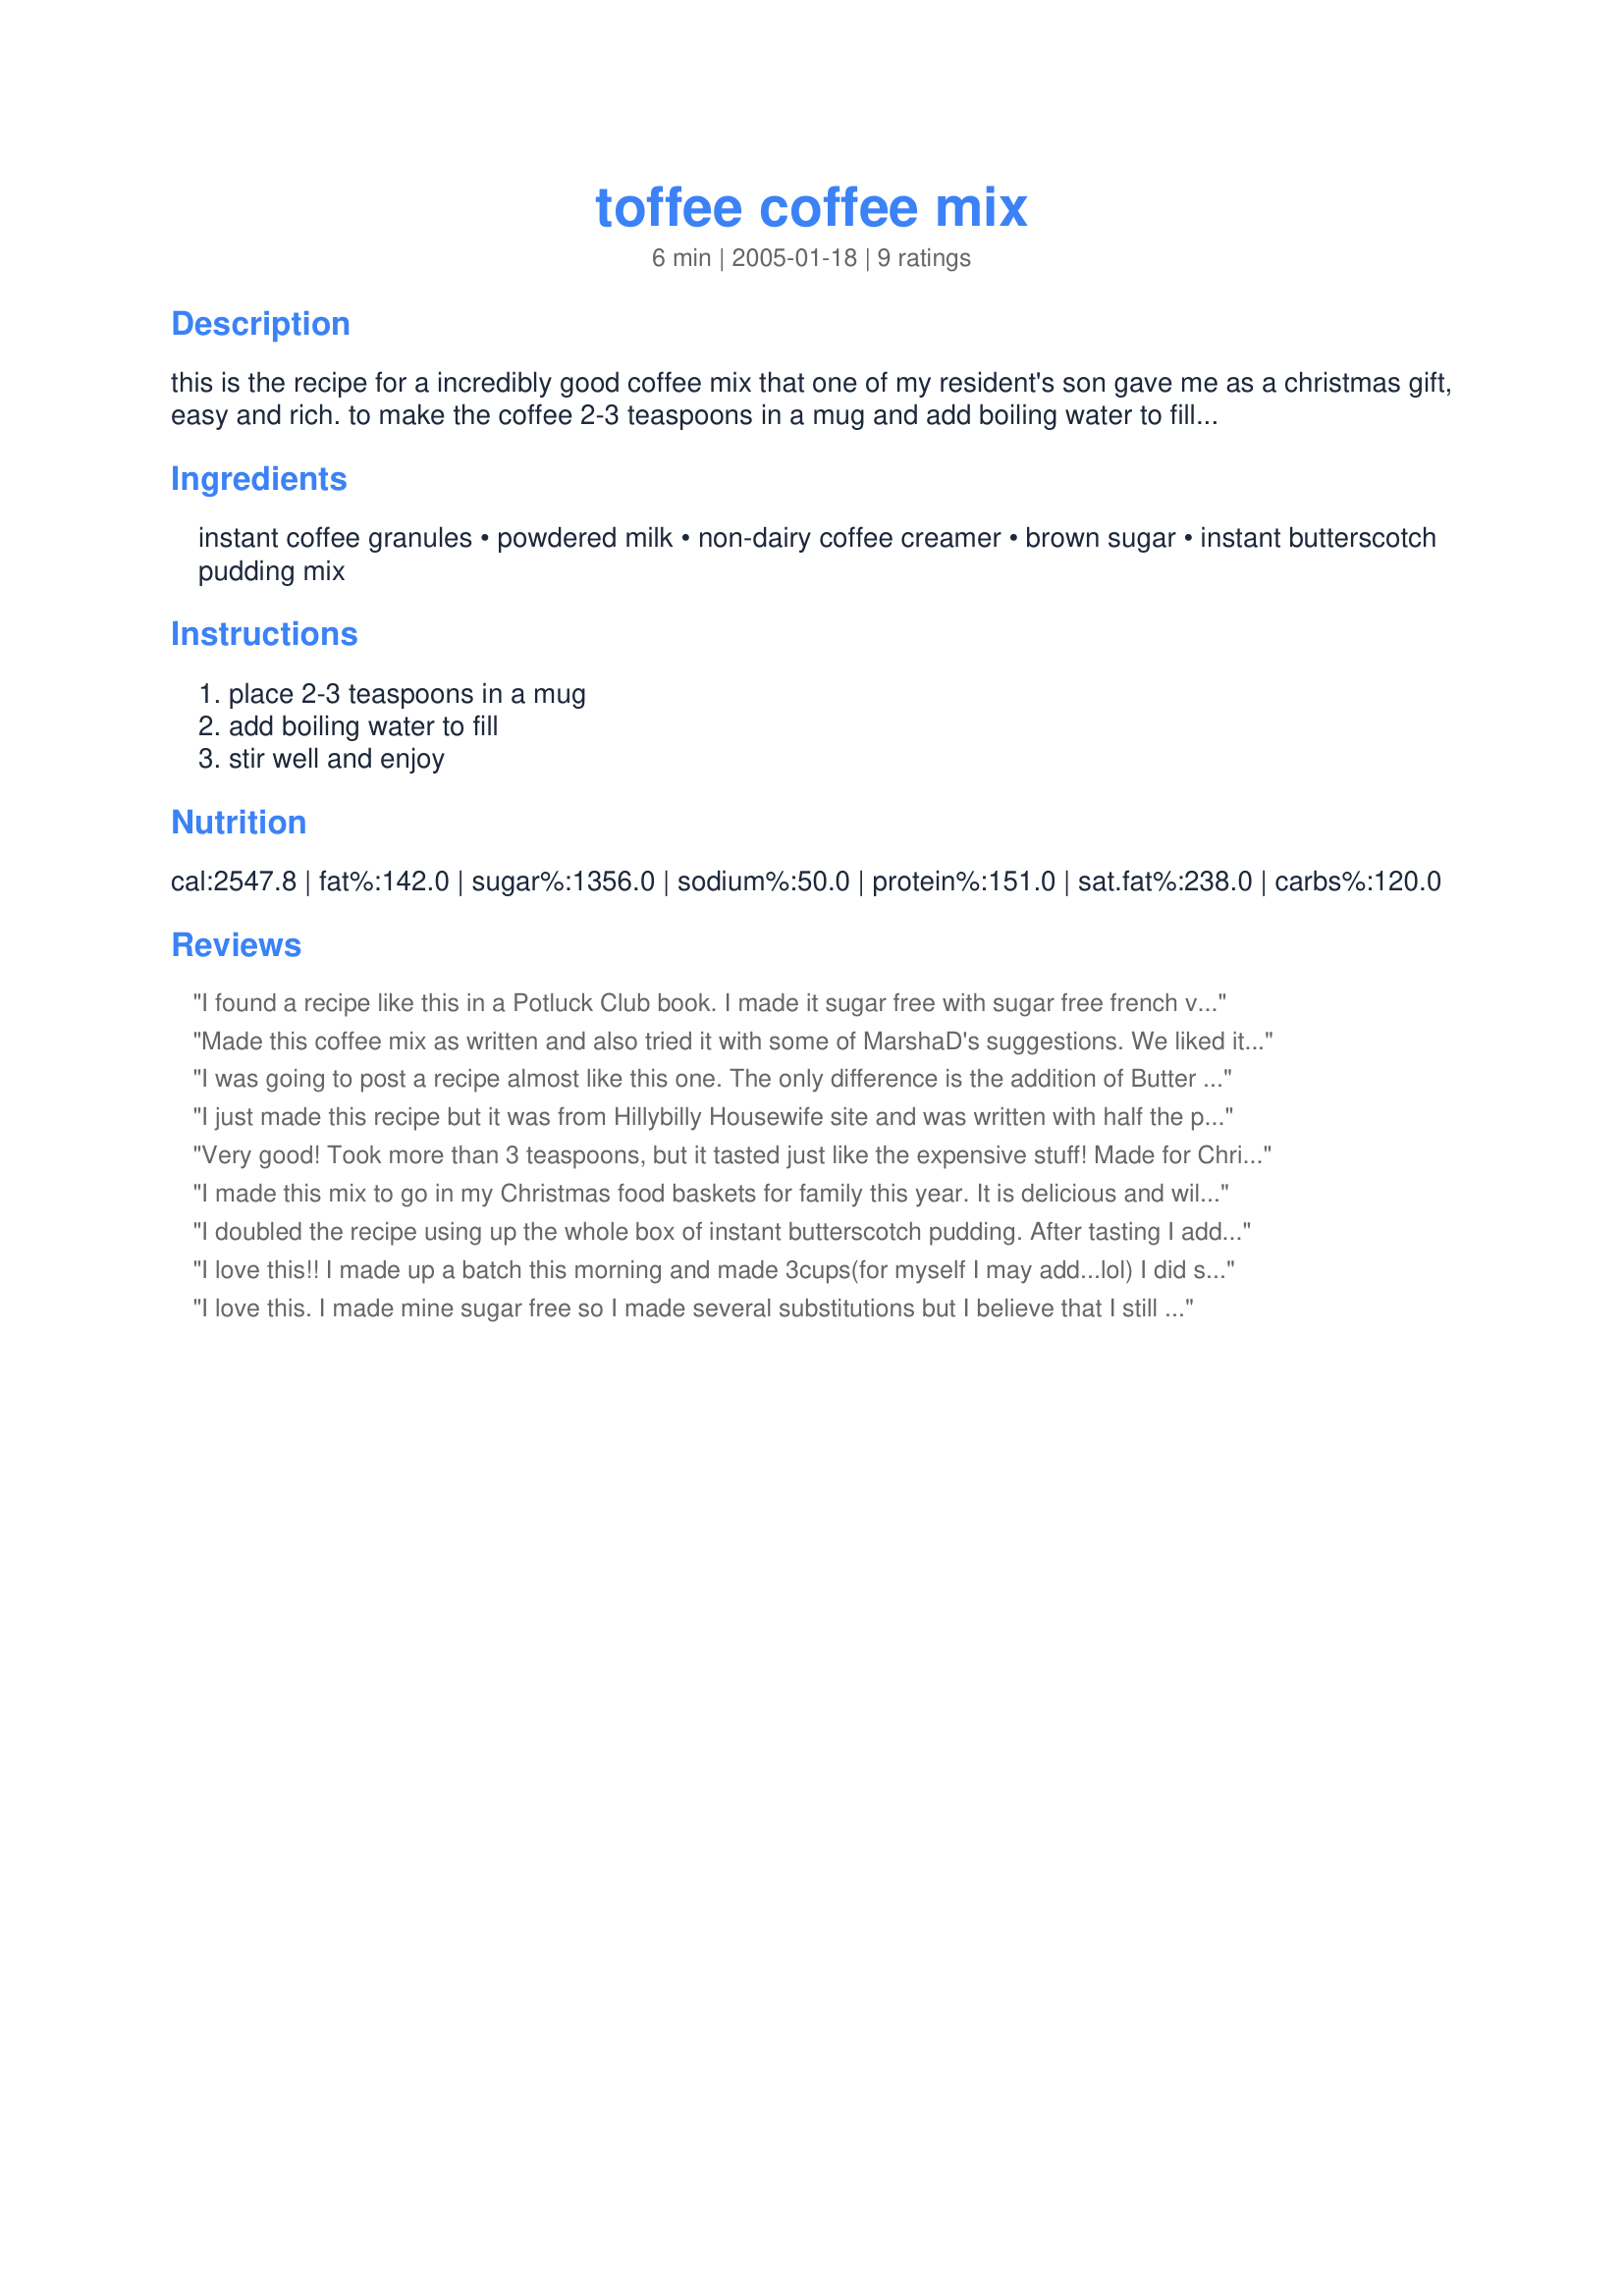
toffee coffee mix
Preparation time: 6 minutes

this is the recipe for a incredibly good coffee mix that one of my resident's son gave me as a christmas gift, easy and rich. to make the coffee 2-3 teaspoons in a mug and add boiling water to fill and stir well. i am not sure of the yield, but i know it is delicious.

Ingredients:
instant coffee granules, powdered milk, non-dairy coffee creamer, brown sugar, instant butterscotch pudding mix

Steps:
place 2-3 teaspoons in a mug, add boiling water to fill, stir well and enjoy

Reviews:
I found a recipe like this in a Potluck Club book. I made it sugar free with sugar free french vanilla creamer and sugar free vanilla pudding mix. I will definitely try this butterscotch version!
Made this coffee mix as written and also tried it with some of MarshaD's suggestions. We liked it both ways. 

Thanks mandabear.

bullwinkle.
I was going to post a recipe almost like this one. The only difference is the addition of Butter Buds (2 tsps) and a pinch of salt...it is really tasty. Also, the recipe I have says 3 Tablespoons mix to 3/4 cup of water, which makes a very rich, creamy drink.
I just made this recipe but it was from Hillybilly Housewife site and was written with half the proportions (1/2 c. coffee, 1 c. powdered milk, etc.) and adds 1 t. butter buds. It does call for the full 1/4 c. of instant butterscotch pudding mix, but I didn't have any, so I used 1 full box sugar free instant butterscotch pudding mix. Turned out great!
Very good! Took more than 3 teaspoons, but it tasted just like the expensive stuff! Made for Christmas gifts!
I made this mix to go in my Christmas food baskets for family this year. It is delicious and will be enjoyed by all who receive it!
I doubled the recipe using up the whole box of instant butterscotch pudding. After tasting I added a cup of cocoa (the kind that you just add water to make a cup of hot cocoa) which sent this over the top. I also have made blended toffee coffee by adding a tray of ice, 6-7 spoons of toffee coffee and about about a 1/2 cup of non fat milk to the blender and what came out was better than any starbucks :) This will be made again! Thank you for posting mandabears.
I love this!! I made up a batch this morning and made 3cups(for myself I may add...lol) I did spice mine up a bit after adding boiling water. I added some white sugar and Chocolate Nisquik, pinch of nutmeg,cloves and ginger along with alittle milk and half and half. AWESOME! This makes up nicely mandabears! Thanks for sharing.
I love this. I made mine sugar free so I made several substitutions but I believe that I still was able to get the general flavor and it was wonderful. Thanks for the recipe and thank you to Marsha for pointing it out to me.
